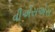
વીએસએસ